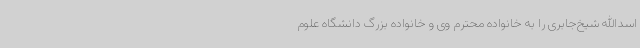
اسدالله شیخ‌جابری را به خانواده محترم وی و خانواده بزرگ دانشگاه علوم